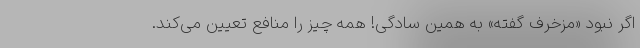
اگر نبود «مزخرف گفته» به همین سادگی! همه چیز را منافع تعیین می‌کند.